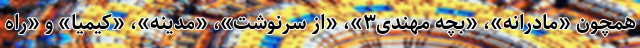
همچون «مادرانه»، «بچه مهندی۳»، «از سرنوشت»، «مدینه»، «کیمیا» و «راه